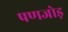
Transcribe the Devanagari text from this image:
पणजोड़